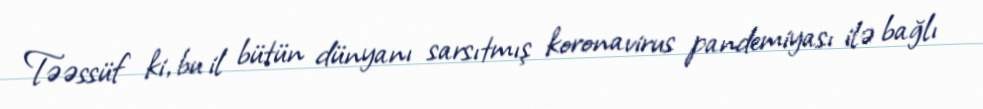
Təəssüf ki, bu il bütün dünyanı sarsıtmış koronavirus pandemiyası ilə bağlı